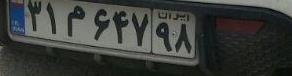
۳۱م۶۴۷۹۸